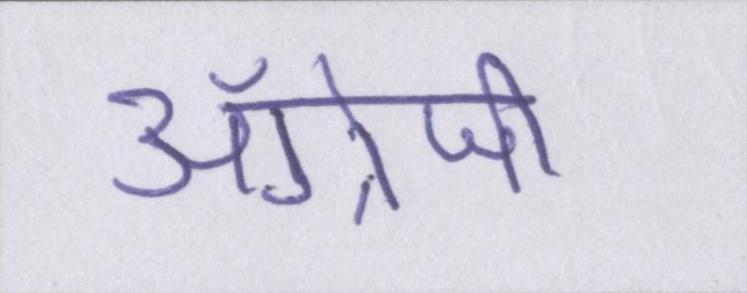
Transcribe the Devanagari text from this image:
अँग्रेजी